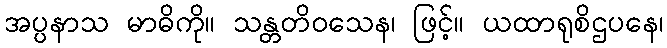
အပ္ပနာသ မာဓိကို။ သန္တတိဝသေန၊ ဖြင့်။ ယထာရုစိဌပနေ၊